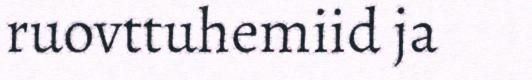
ruovttuhemiid ja